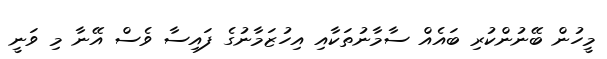
މީހުން ބޭނުންކުރި ބައެއް ސާމާނުތަކާއި އިހުޒަމާނުގެ ފައިސާ ވެސް އޭނާ މި ވަނީ